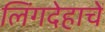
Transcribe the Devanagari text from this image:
लिंगदेहाचें